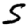
Digit: 5